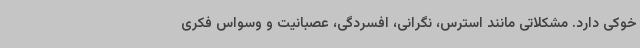
خوکی دارد. مشکلاتی مانند استرس، نگرانی، افسردگی، عصبانیت و وسواس فکری